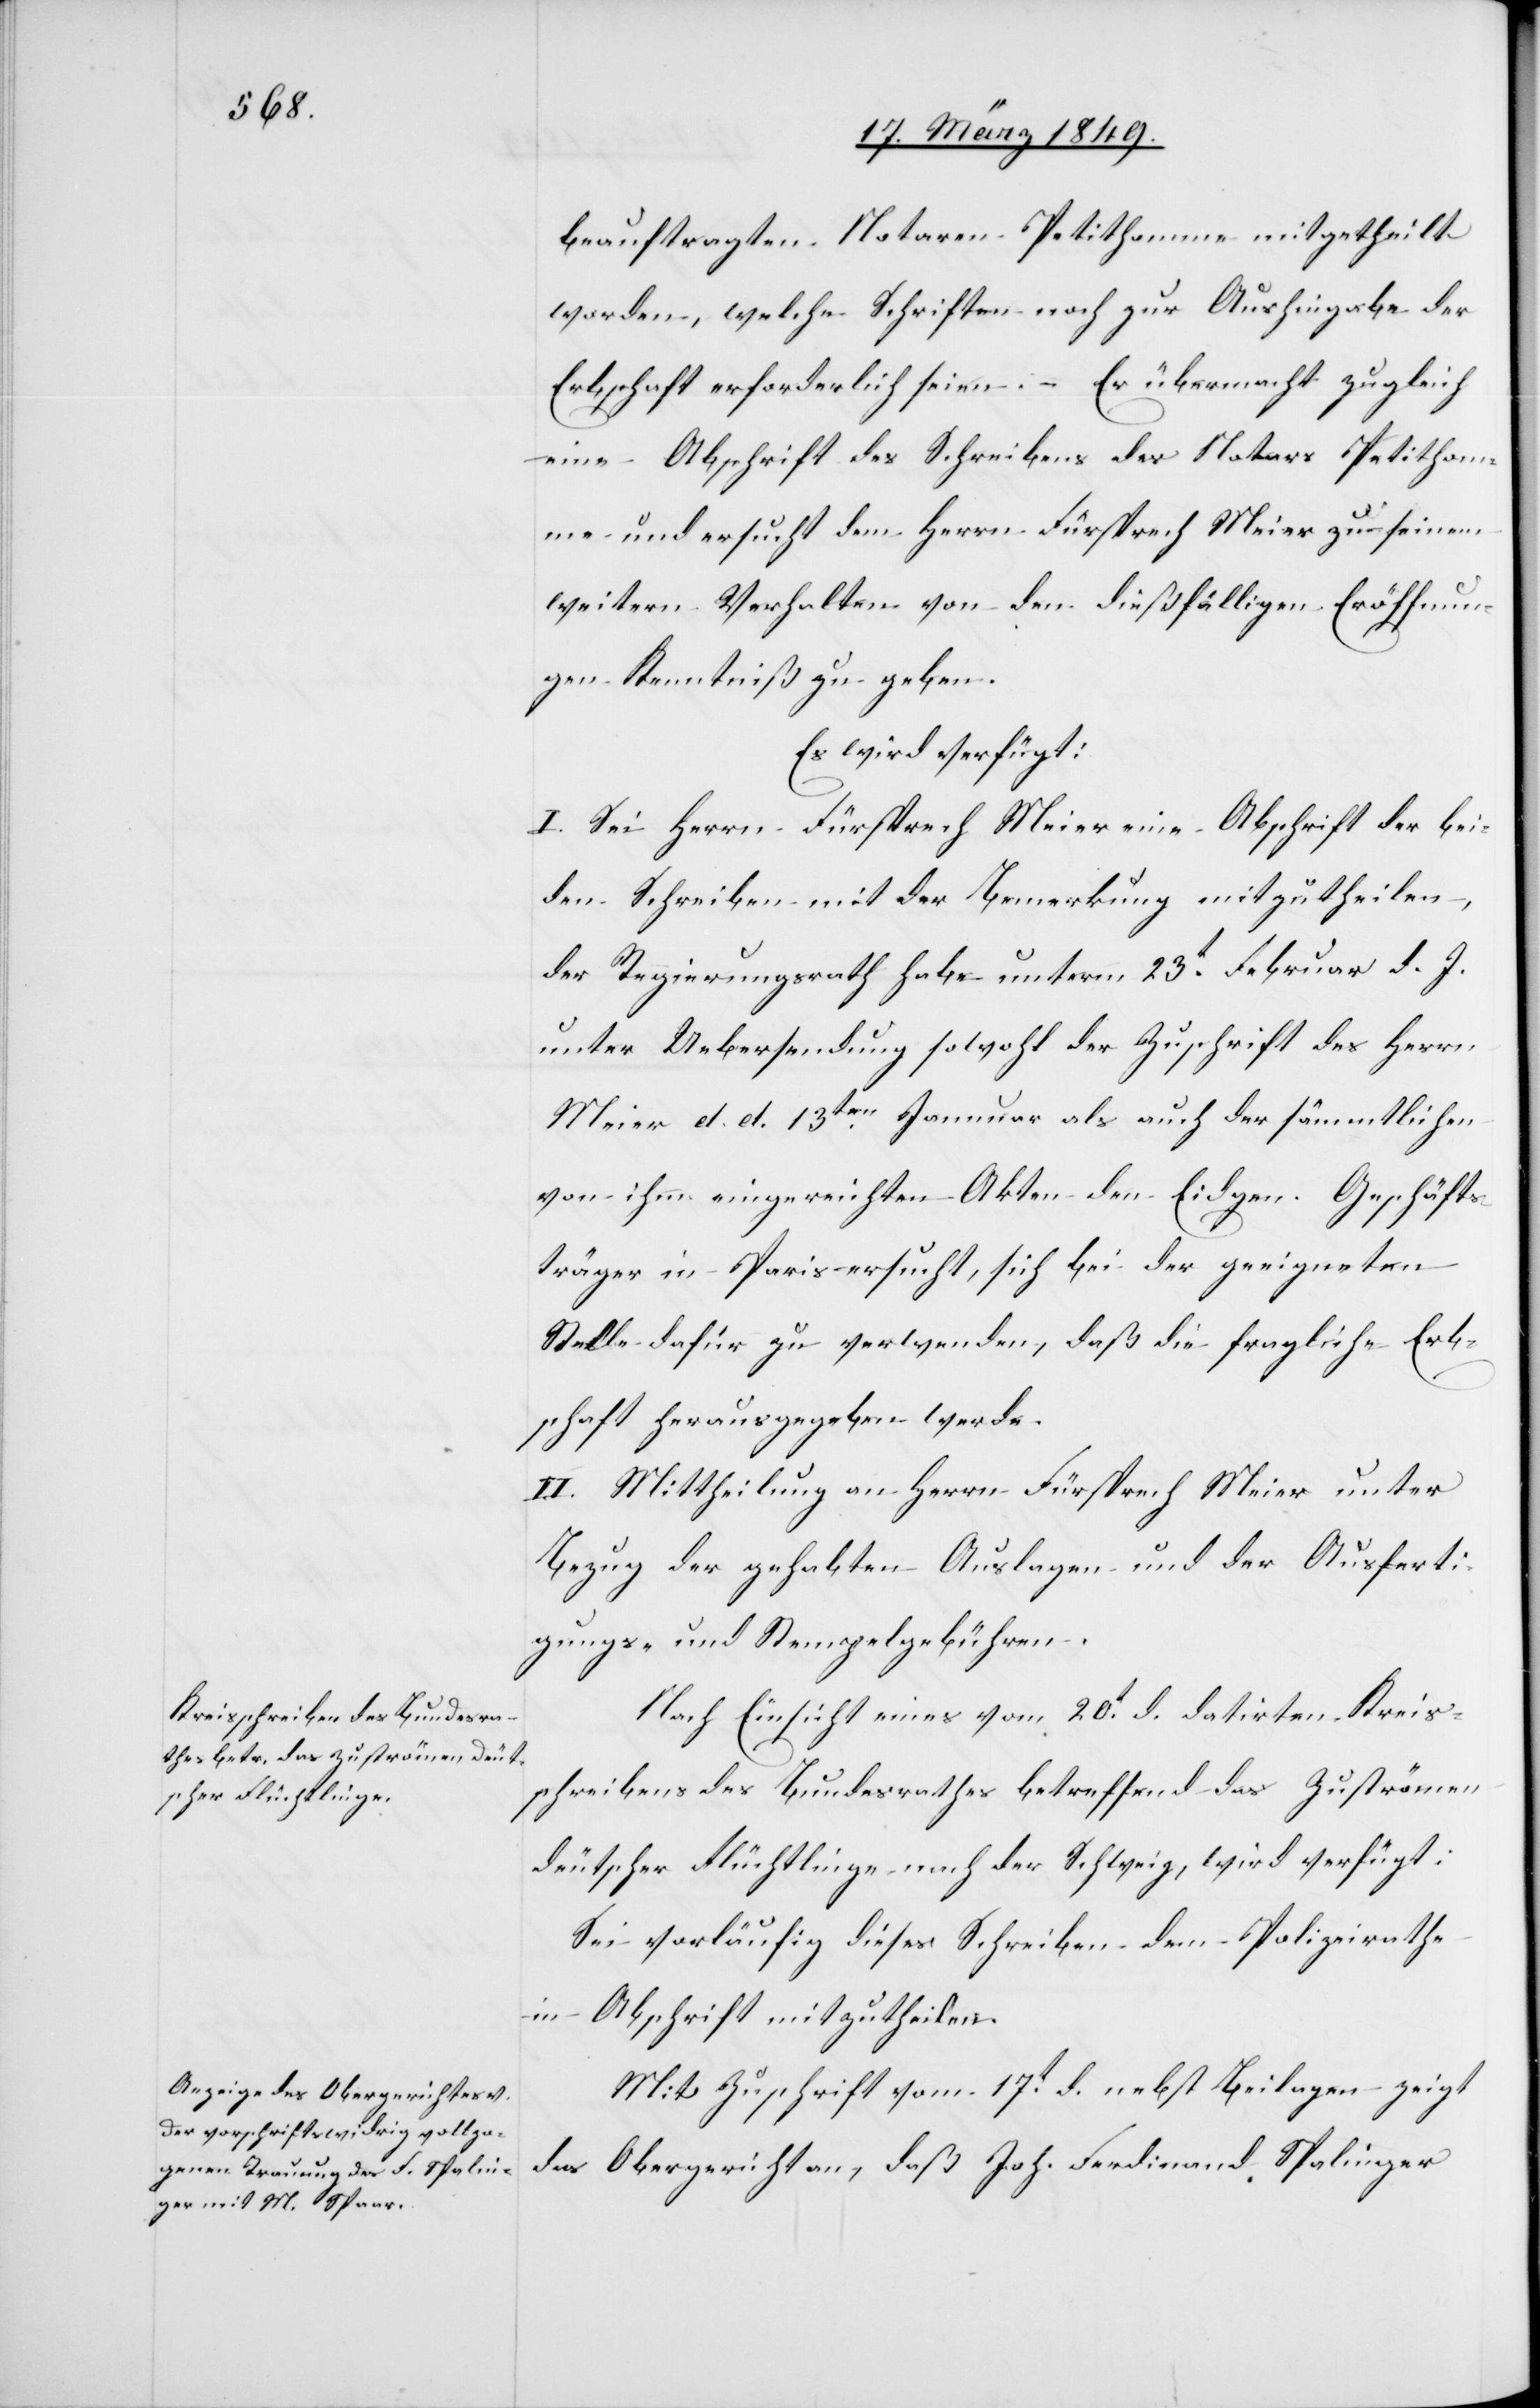
22. März 1849.]
beauftragten Notaren Petithomme mitgetheilt
worden, welche Schriften noch zur Aushingabe der
Erbschaft erforderlich seien. – Er übermacht zugleich
eine Abschrift des Schreibens des Notars Petithom¬
me und ersucht dem Herrn Fürsprech Meier zu seinem
weitern Verhalten von den dießfälligen Eröffnun¬
gen Kenntniß zu geben.
Es wird verfügt:
I. Sei Herrn Fürsprech Meier eine Abschrift der bei¬
den Schreiben mit der Bemerkung mitzutheilen,
der Regierungsrath habe unterm 23t. Februar d. J.
unter Uebersendung sowohl der Zuschrift des Herrn
Meier d. d. 13ten. Januar als auch der sämmtlichen
von ihm eingereichten Akten den Eidgen. Geschäfts¬
träger in Paris ersucht, sich bei der geeigneten
Stelle dafür zu verwenden, daß die fragliche Erb¬
schaft herausgegeben werde.
II. Mittheilung an Herrn Fürsprech Meier unter
Bezug der gehabten Auslagen und der Ausferti¬
gungs- und Stempelgebühren.
Nach Einsicht eines vom 20t. d. datirten Kreis¬
schreibens des Bundesrathes betreffend das Zuströmen
deutscher Flüchtlinge nach der Schweiz, wird verfügt:
Sei vorläufig dieses Schreiben dem Polizeirathe
in Abschrift mitzutheilen.
Mit Zuschrift vom 17t. d. nebst Beilagen zeigt
das Obergericht an, daß Joh. Ferdinand Spalinger